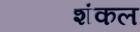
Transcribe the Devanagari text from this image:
शंकल